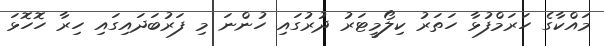
މައްކާގެ ހަރަމްފުޅާ ހަތަރު ކިލޯމީޓަރު ދުރުގައި ހުންނަ މި ފަރުބަދައިގައި ހިރާ ހޮހޮޅަ